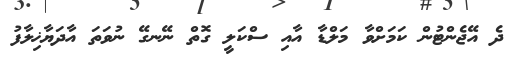
ދެ އޭޖެންޓުން ކަމަށްވާ މަލްޑާ އާއި ސްކަލީ ގޮތް ނޭނގޭ ނުވަތަ އާދަޔާޚިލާފު